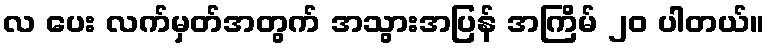
လ ပေး လက်မှတ်အတွက် အသွားအပြန် အကြိမ် ၂၀ ပါတယ်။